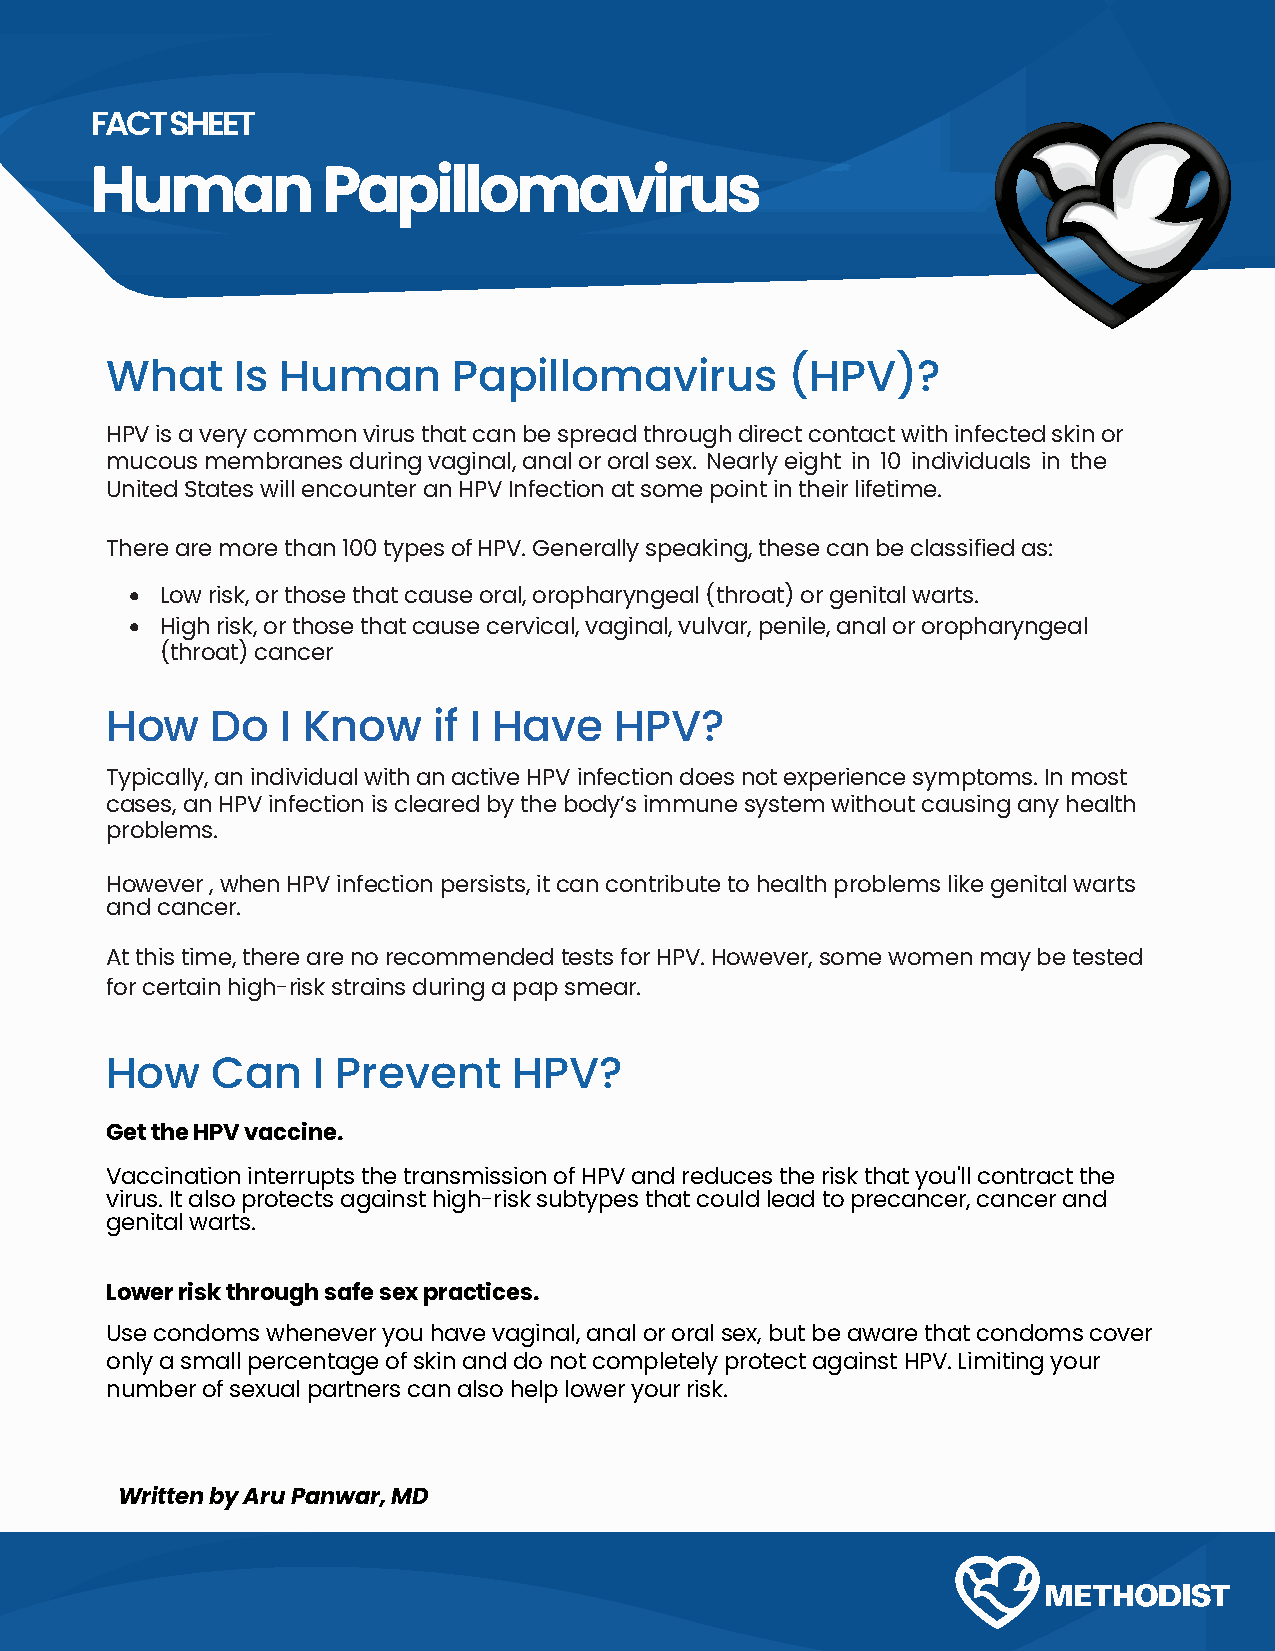
FACT SHEET
 Human          Papillomavirus
 What     Is Human      Papillomavirus        (HPV)?
 HPV is a very common virus that can be spread through direct contact with infected skin or
 mucous membranes during vaginal, anal or oral sex. Nearly eight in 10 individuals in the
 United States will encounter an HPV Infection at some point in their lifetime.
 There are more than 100 types of HPV. Generally speaking, these can be classified as:
 •
 Low risk, or those that cause oral, oropharyngeal (throat) or genital warts.
 •
 High risk, or those that cause cervical, vaginal, vulvar, penile, anal or oropharyngeal
 (throat) cancer
 How    Do   I Know    if I Have   HPV?
 Typically, an individual with an active HPV infection does not experience symptoms. In most
 cases, an HPV infection is cleared by the body’s immune system without causing any health
 problems.
 However , when HPV infection persists, it can contribute to health problems like genital warts
 and cancer.
 At this time, there are no recommended tests for HPV. However, some women may be tested
 for certain high-risk strains during a pap smear.
 How    Can    I Prevent    HPV?
 Get the HPV vaccine.
 Vaccination interrupts the transmission of HPV and reduces the risk that you'll contract the
 virus. It also protects against high-risk subtypes that could lead to precancer, cancer and
 genital warts.
 Lower risk through safe sex practices.
 Use condoms whenever you have vaginal, anal or oral sex, but be aware that condoms cover
 only a small percentage of skin and do not completely protect against HPV. Limiting your
 number of sexual partners can also help lower your risk.
 Written by Aru Panwar, MD